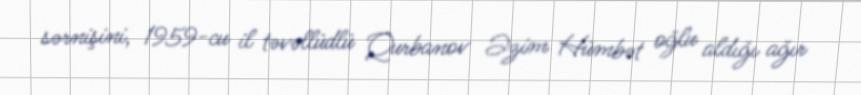
sərnişini, 1959-cu il təvəllüdlü Qurbanov Əzim Hümbət oğlu aldığı ağır